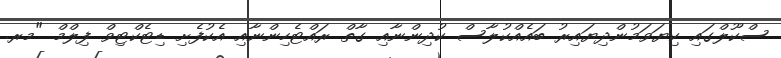
ސްކޫލްގައި ކިޔަވަމުންދިޔައިރު ބައެއްކުލާސް ކުދިންނާއި ގާތް ރައްޓެހިންނާއި އެކުފެށި ޑިޓެކްޓިވް ފިލްމް "މރ.